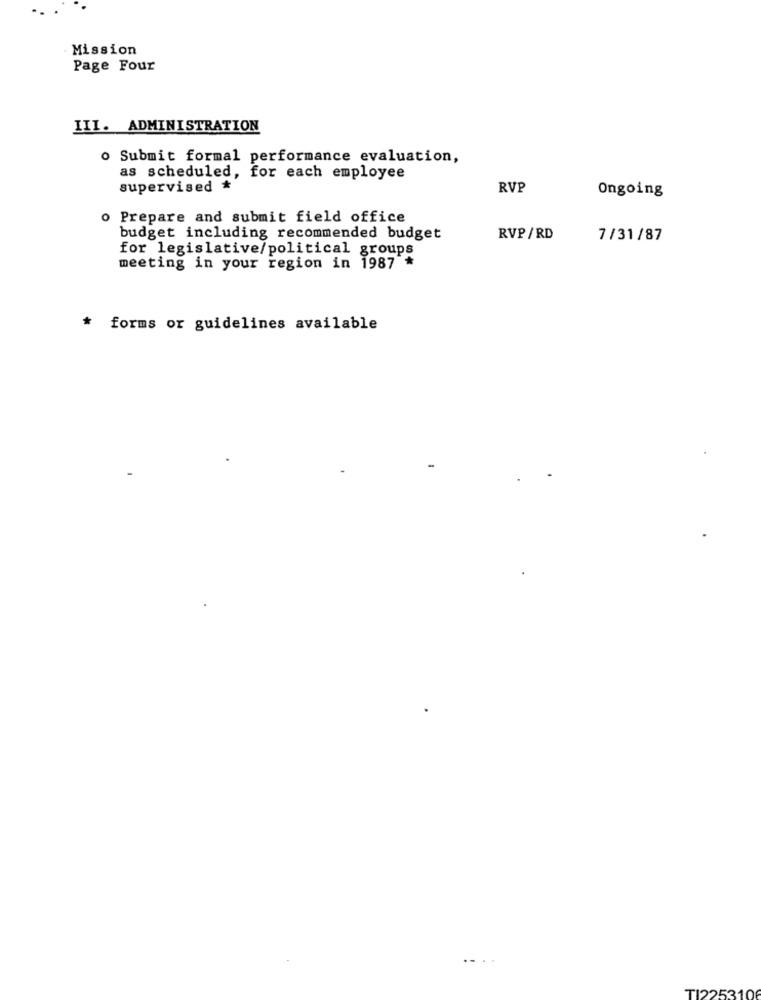
Mission
Page Four
III. ADMINISTRATION
o Submit formal performance evaluation,
as scheduled, for each employee
supervised *
RVP
Ongoing
Prepare and submit field office
budget including recommended budget
RVP /RD
7/31/87
for legislative/political groups
meeting in your region in 1987 *
* forms or guidelines available
.. ..
TI225310